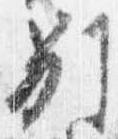
別